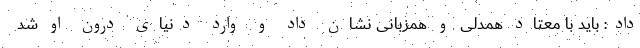
داد: باید با معتاد همدلی و همزبانی نشان داد و وارد دنیای درون او شد